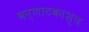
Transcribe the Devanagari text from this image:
कर्णाटकाश्च